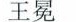
王冕